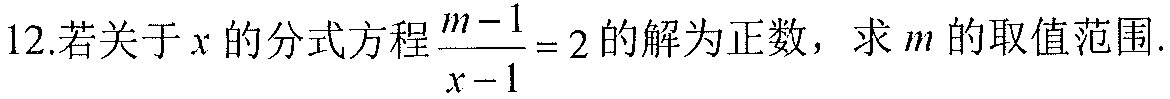
12.若关于\(x\)的分式方程\(\frac{m - 1}{x - 1}=2\)的解为正数，求\(m\)的取值范围.